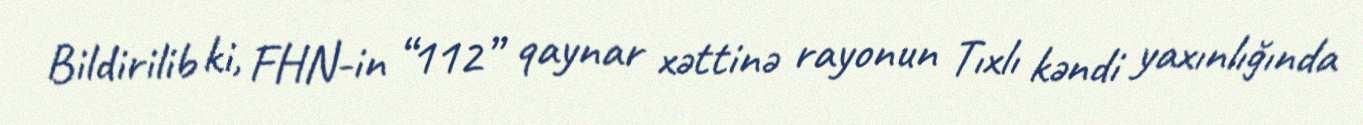
Bildirilib ki, FHN-in “112” qaynar xəttinə rayonun Tıxlı kəndi yaxınlığında